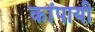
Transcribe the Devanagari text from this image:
कांपायी